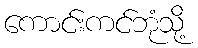
ကောင်းကင်ဘုံသို့